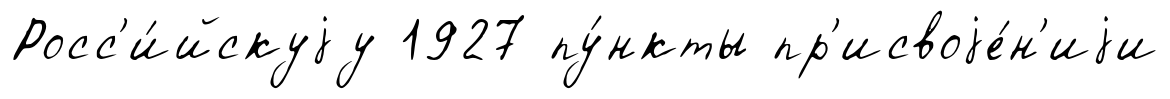
Росс'и́йскуjу 1927 пу́нкты пр'исвоjе́н'иjи